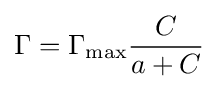
\Gamma =\Gamma _{\max }{\frac {C}{a+C}}